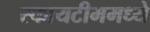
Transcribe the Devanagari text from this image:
स्कायटीममध्ये